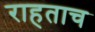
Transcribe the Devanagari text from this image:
राहताच